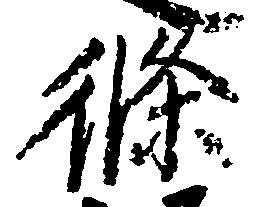
条